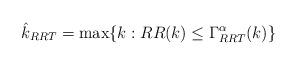
LaTeX: \begin{align*}\hat{k}_{RRT}=\max\{k:RR(k)\leq \Gamma_{RRT}^{\alpha}(k)\}\end{align*}